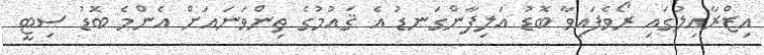
އިޒްރާއިލުގައި ރޯވެފައިވާ ބޮޑު އަލިފާންގަނޑު އެ ޤައުމުގެ ތިންވަނައަށް އެންމެ ބޮޑު ސިޓީ